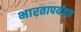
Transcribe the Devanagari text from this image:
भारतापर्यंतच